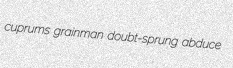
cuprums grainman doubt-sprung abduce